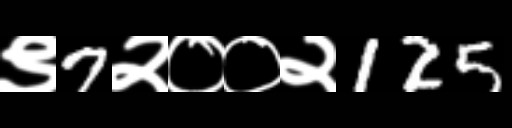
Text: ९7२००२125